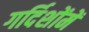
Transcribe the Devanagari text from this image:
गर्दिशोंमें